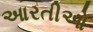
આરતીઓ